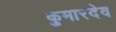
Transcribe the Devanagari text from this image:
कुमारदेव